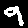
Label: 9